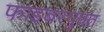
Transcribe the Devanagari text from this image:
फाइबरयुक्त